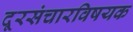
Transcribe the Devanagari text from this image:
दूरसंचारविषयक